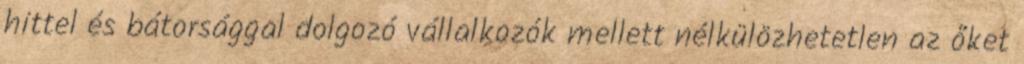
hittel és bátorsággal dolgozó vállalkozók mellett nélkülözhetetlen az őket